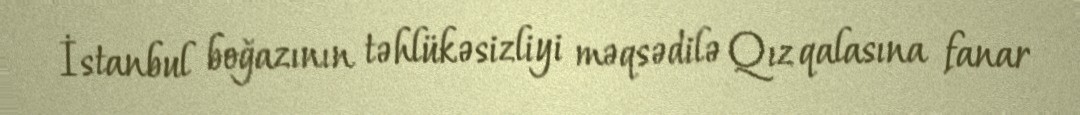
İstanbul boğazının təhlükəsizliyi məqsədilə Qız qalasına fanar